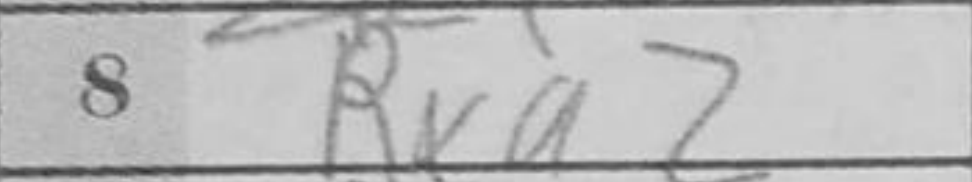
Transcription: Rxa2